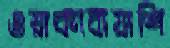
ওয়াকাবায়াশি